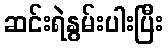
ဆင်းရဲနွမ်းပါးပြီး